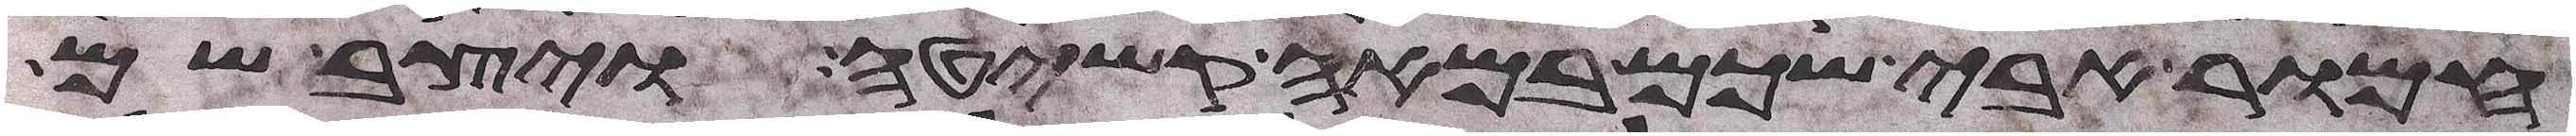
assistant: חמור אבי שכם במאה קשיטה ויצב שם